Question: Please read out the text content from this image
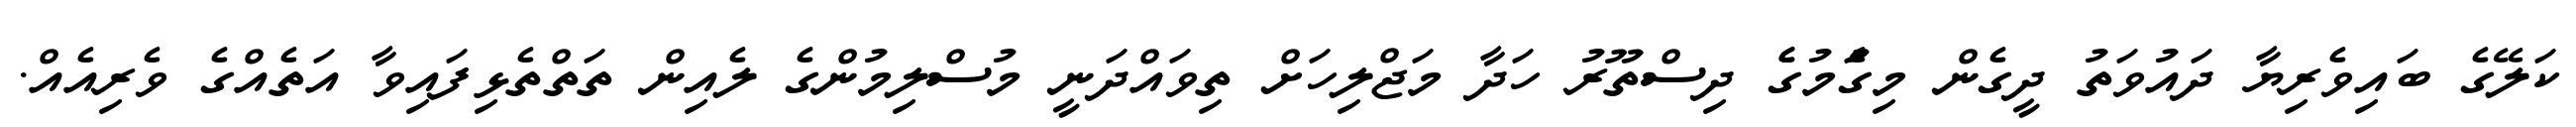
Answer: ކަލޭގެ ބައިވެރިޔާ ދައުވަތު ދީގެން މިގަެުމުގެެ ދިސްތޫރު ހަދާ މަޖްލިހަށް ތިވައްދަނީ މުސްލިމުންގެ ލެއިން ތަތްތެޅިފައިވާ އަތެއްގެ ވެރިއެއް.